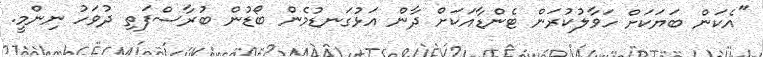
"އެކަން ބަޔަކަށް ހަވާލުކުރަން ޓެންޑާއަކަށް ދާން އަޅުގަނޑުމެން ބޯޑުން ބުރާސްފަތި ދުވަހު ނިންމީ.